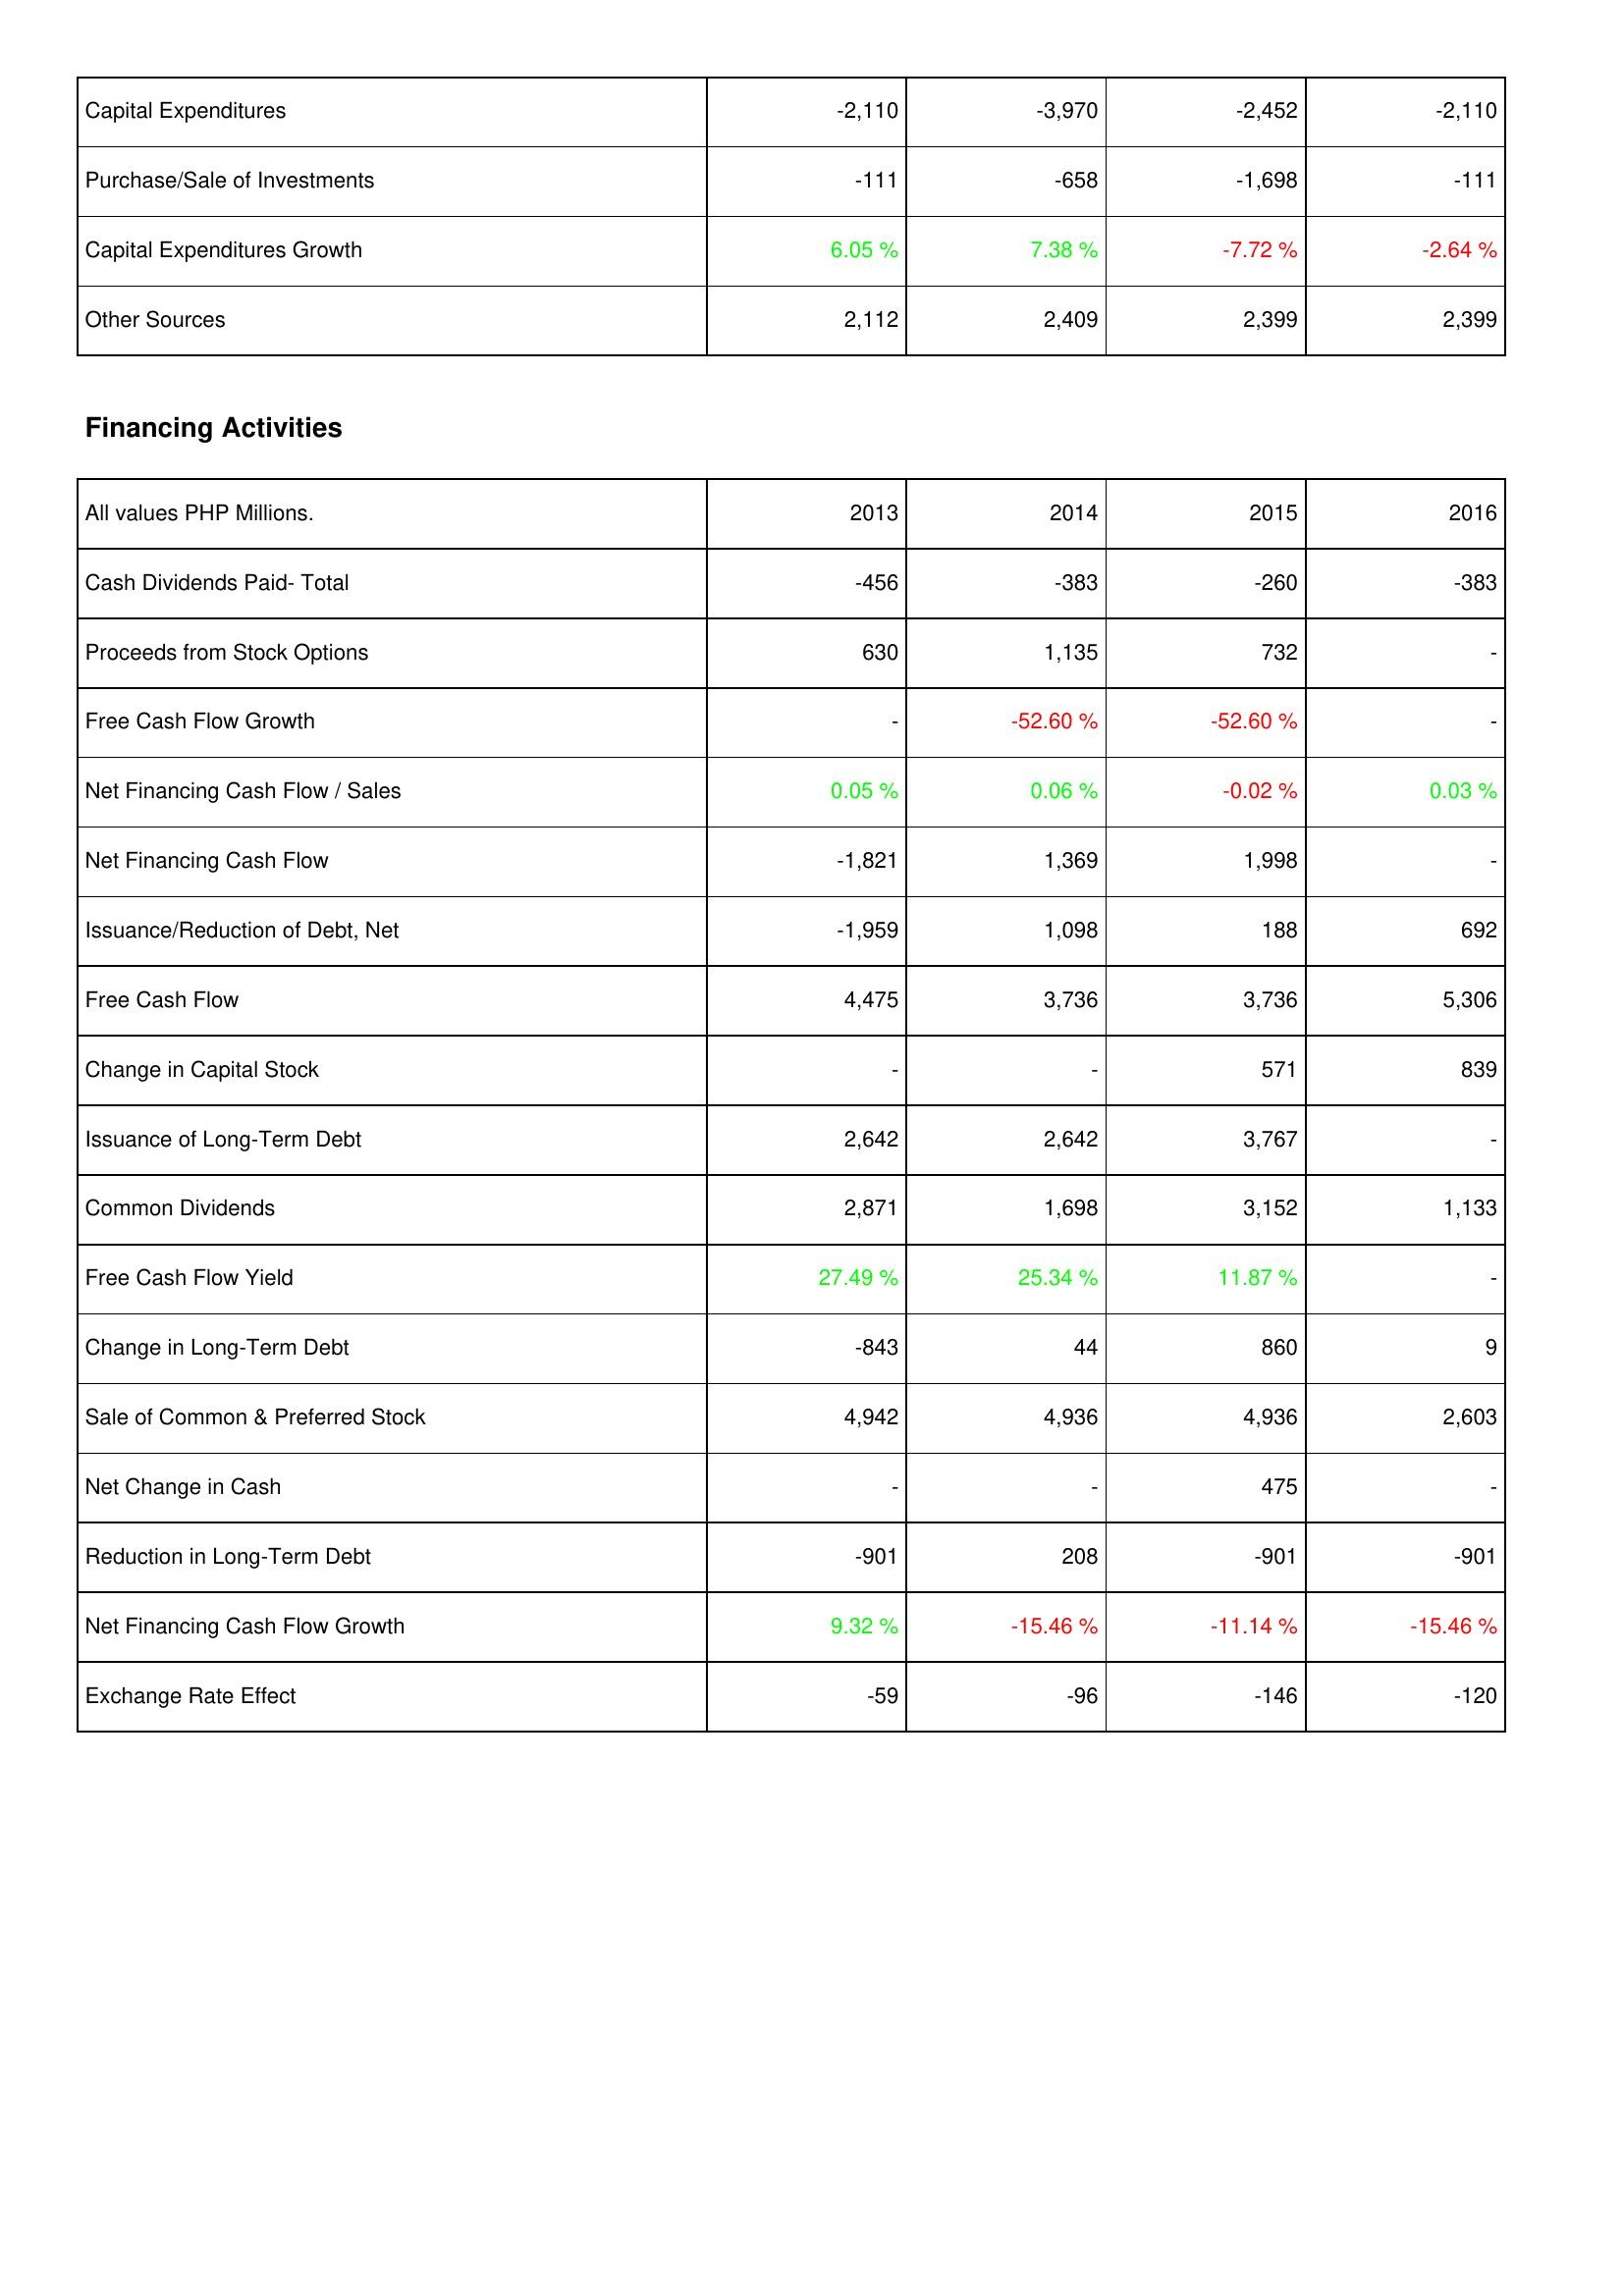
2013: Investing Activities: Capital Expenditures: -2,110
Purchase/Sale of Investments: -111
Capital Expenditures Growth: 6.05 %
Other Sources: 2,112
Financing Activities: Cash Dividends Paid- Total: -456
Proceeds from Stock Options: 630
Free Cash Flow Growth: -
Net Financing Cash Flow / Sales: 0.05 %
Net Financing Cash Flow: -1,821
Issuance/Reduction of Debt, Net: -1,959
Free Cash Flow: 4,475
Change in Capital Stock: -
Issuance of Long-Term Debt: 2,642
Common Dividends: 2,871
Free Cash Flow Yield: 27.49 %
Change in Long-Term Debt: -843
Sale of Common & Preferred Stock: 4,942
Net Change in Cash: -
Reduction in Long-Term Debt: -901
Net Financing Cash Flow Growth: 9.32 %
Exchange Rate Effect: -59
2014: Investing Activities: Capital Expenditures: -3,970
Purchase/Sale of Investments: -658
Capital Expenditures Growth: 7.38 %
Other Sources: 2,409
Financing Activities: Cash Dividends Paid- Total: -383
Proceeds from Stock Options: 1,135
Free Cash Flow Growth: -52.60 %
Net Financing Cash Flow / Sales: 0.06 %
Net Financing Cash Flow: 1,369
Issuance/Reduction of Debt, Net: 1,098
Free Cash Flow: 3,736
Change in Capital Stock: -
Issuance of Long-Term Debt: 2,642
Common Dividends: 1,698
Free Cash Flow Yield: 25.34 %
Change in Long-Term Debt: 44
Sale of Common & Preferred Stock: 4,936
Net Change in Cash: -
Reduction in Long-Term Debt: 208
Net Financing Cash Flow Growth: -15.46 %
Exchange Rate Effect: -96
2015: Investing Activities: Capital Expenditures: -2,452
Purchase/Sale of Investments: -1,698
Capital Expenditures Growth: -7.72 %
Other Sources: 2,399
Financing Activities: Cash Dividends Paid- Total: -260
Proceeds from Stock Options: 732
Free Cash Flow Growth: -52.60 %
Net Financing Cash Flow / Sales: -0.02 %
Net Financing Cash Flow: 1,998
Issuance/Reduction of Debt, Net: 188
Free Cash Flow: 3,736
Change in Capital Stock: 571
Issuance of Long-Term Debt: 3,767
Common Dividends: 3,152
Free Cash Flow Yield: 11.87 %
Change in Long-Term Debt: 860
Sale of Common & Preferred Stock: 4,936
Net Change in Cash: 475
Reduction in Long-Term Debt: -901
Net Financing Cash Flow Growth: -11.14 %
Exchange Rate Effect: -146
2016: Investing Activities: Capital Expenditures: -2,110
Purchase/Sale of Investments: -111
Capital Expenditures Growth: -2.64 %
Other Sources: 2,399
Financing Activities: Cash Dividends Paid- Total: -383
Proceeds from Stock Options: -
Free Cash Flow Growth: -
Net Financing Cash Flow / Sales: 0.03 %
Net Financing Cash Flow: -
Issuance/Reduction of Debt, Net: 692
Free Cash Flow: 5,306
Change in Capital Stock: 839
Issuance of Long-Term Debt: -
Common Dividends: 1,133
Free Cash Flow Yield: -
Change in Long-Term Debt: 9
Sale of Common & Preferred Stock: 2,603
Net Change in Cash: -
Reduction in Long-Term Debt: -901
Net Financing Cash Flow Growth: -15.46 %
Exchange Rate Effect: -120